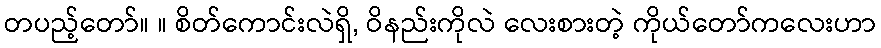
တပည့်တော်။ ။ စိတ်ကောင်းလဲရှိ, ဝိနည်းကိုလဲ လေးစားတဲ့ ကိုယ်တော်ကလေးဟာ